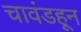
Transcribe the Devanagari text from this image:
चावंडहून